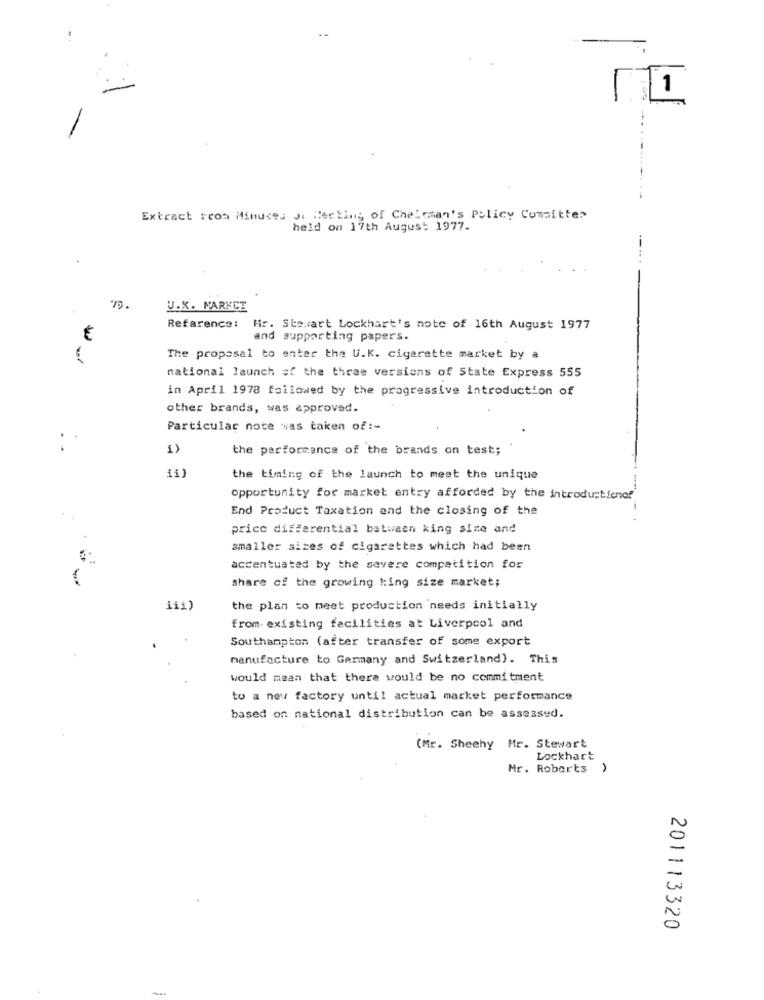
1
109
Extract room Minutes of Meeting of Chairman's Policy Consitter
held on 17th August 1977.
U.K. MARKET
Reference: Hr. Stewart Lockhart's note of 16th August 1977
and supporting papers.
The proposal to enter the U.K. cigarette market by a
national launch of the three versions of State Express 555
in April 1978 followed by the progressive introduction of
other brands, was approved.
Particular note was taken of :-
1)
the parformance of the brands on test;
11)
the timing of the launch to meet the unique
Opportunity for market entry afforded by the introductionof
End Product Taxation and the closing of the
price differential between king size and
smaller sizes of cigarettes which had been
accentuated by the severe competition for
share of the growing king size market;
iii)
the plan to meet production needs initially
from- existing facilities at Liverpool and
Southampton (after transfer of some export
manufacture to Germany and Switzerland). This
would mean that there would be no commitment
to a new factory until actual market performance
based on national distribution can be assessed.
(Mr. Sheehy Mr. Stewart
Lockhart
Mr. Roberts )
201113320